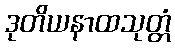
ဒုတိယနာထသုတ္တံ